Civil Veterinary Department Bengal reports 1933-51 - 1933-1951
Year: 1933
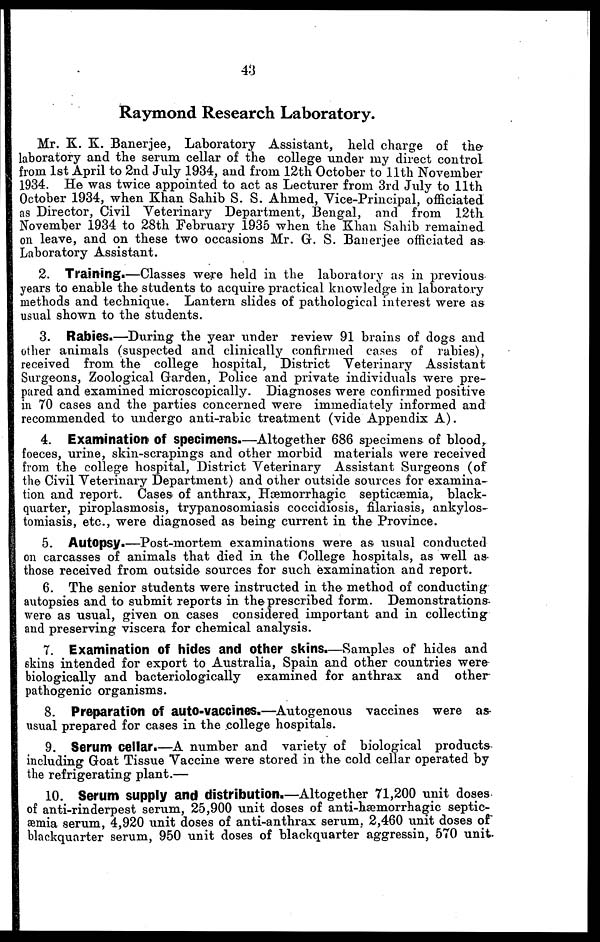
43
Raymond Research Laboratory.
Mr. K. K. Banerjee, Laboratory Assistant, held charge of the
laboratory and the serum cellar of the college under my direct control
from 1st April to 2nd July 1934, and from 12th October to 11th November
1934. He was twice appointed to act as Lecturer from 3rd July to 11th
October 1934, when Khan Sahib S. S. Ahmed, Vice-Principal, officiated
as Director, Civil Veterinary Department, Bengal, and from 12th
November 1934 to 28th February 1935 when the Khan Sahib remained
on leave, and on these two occasions Mr. G. S. Banerjee officiated as
Laboratory Assistant.
2. Training.—Classes were held in the laboratory as in previous
years to enable the students to acquire practical knowledge in laboratory
methods and technique. Lantern slides of pathological interest were as
usual shown to the students.
3. Rabies.—During the year under review 91 brains of dogs and
other animals (suspected and clinically confirmed cases of rabies),
received from the college hospital, District Veterinary Assistant
Surgeons, Zoological Garden, Police and private individuals were pre-
pared and examined microscopically. Diagnoses were confirmed positive
in 70 cases and the parties concerned were immediately informed and
recommended to undergo anti-rabic treatment (vide Appendix A).
4. Examination of specimens.—Altogether 686 specimens of blood,
foeces, urine, skin-scrapings and other morbid materials were received
from the college hospital, District Veterinary Assistant Surgeons (of
the Civil Veterinary Department) and other outside sources for examina-
tion and report. Cases of anthrax, Hæmorrhagic septicæmia, black-
quarter, piroplasmosis, trypanosomiasis coccidiosis, filariasis, ankylos-
tomiasis, etc., were diagnosed as being current in the Province.
5. Autopsy.—Post-mortem examinations were as usual conducted
on carcasses of animals that died in the College hospitals, as well as
those received from outside sources for such examination and report.
6. The senior students were instructed in the method of conducting
autopsies and to submit reports in the prescribed form. Demonstrations
were as usual, given on cases considered important and in collecting
and preserving viscera for chemical analysis.
7. Examination of hides and other skins.—Samples of hides and
6kins intended for export to Australia, Spain and other countries were
biologically and bacteriologically examined for anthrax and other
pathogenic organisms.
8. Preparation of auto-vaccines.—Autogenous vaccines were as
usual prepared for cases in the college hospitals.
9. Serum cellar.—A number and variety of biological products
including Goat Tissue Vaccine were stored in the cold cellar operated by
the refrigerating plant.—
10. Serum supply and distribution.—Altogether 71,200 unit doses
of anti-rinderpest serum, 25,900 unit doses of anti-hæmorrhagic septic-
-mia serum, 4,920 unit doses of anti-anthrax serum, 2,460 unit doses of
blackqunrter serum, 950 unit doses of blackquarter aggressin, 570 unit.